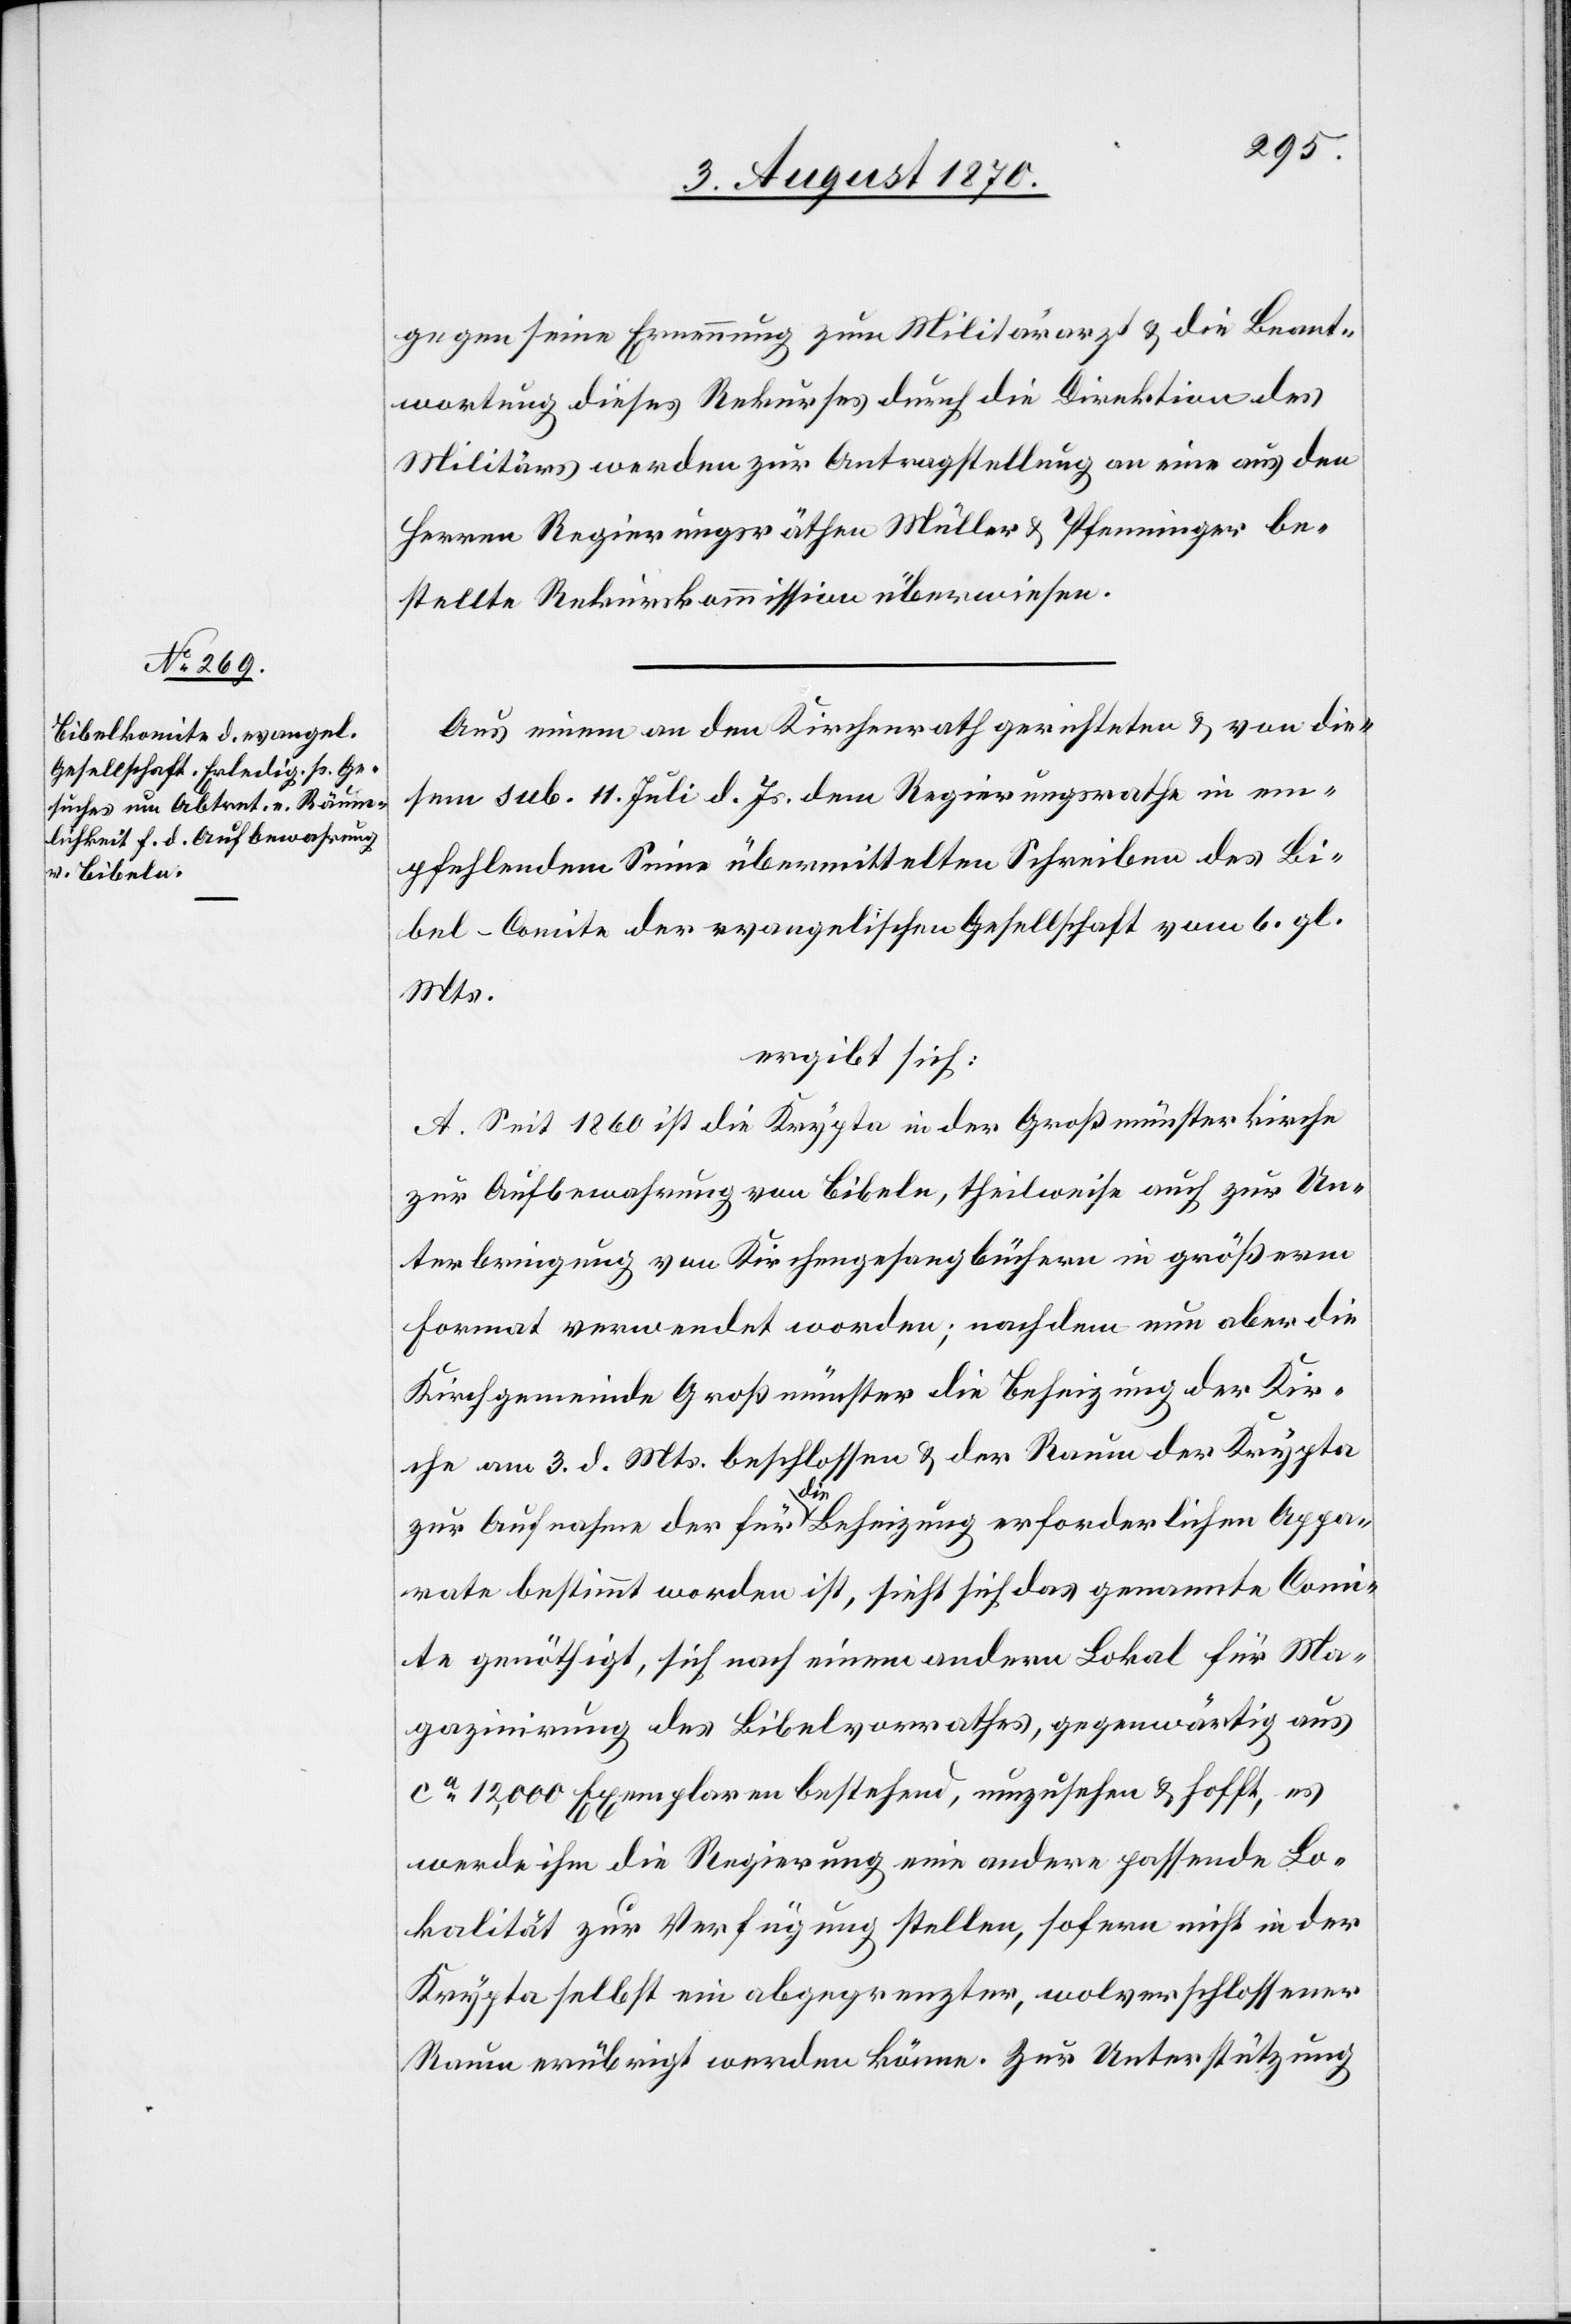
gegen seine Ernennung zum Militärarzt & die Beant¬
wortung dieses Rekurses durch die Direktion des
Militärs werden zur Antragstellung an eine aus den
Herren Regierungsräthen Müller & Pfenninger be¬
stellte Rekurskommission überwiesen.
Aus einem an den Kirchenrath gerichteten & von die¬
sem sub. 11. Juli d. Js. dem Regierungsrathe in em¬
pfehlendem Sinne übermittelten Schreiben des Bi¬
bel-Comite der evangelischen Gesellschaft vom 6. gl.
Mts.
ergibt sich:
A. Seit 1860 ist die Krypta in der Großmünsterkirche
zur Aufbewahrung von Bibeln, theilweise auch zur Un¬
terbringung von Kirchenbüchern in größerm
Format verwendet worden; nachdem nun aber die
Kirchgemeinde Großmünster die Beheizung der Kir¬
che am 3. d. Mts. beschlossen & der Raum der Krypta
zur Aufnahme der für die Beheizung erforderlichen Appa¬
rate bestimmt worden ist, sieht sich das genannte Comi¬
te genöthigt, sich nach einem andern Lokal für Ma¬
gazinirung des Bibelvorrathes, gegenwärtig aus
ca 12,000 Exemplaren bestehend, umzusehen & hofft, es
werde ihm die Regierung eine andere passende Lo¬
kalität zur Verfügung stellen, sofern nicht in der
Krypta selbst ein abgegrenzter, wolverschlossener
Raum erübrigt werden könne. Zur Unterstützung